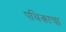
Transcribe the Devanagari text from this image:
पथिकाचा